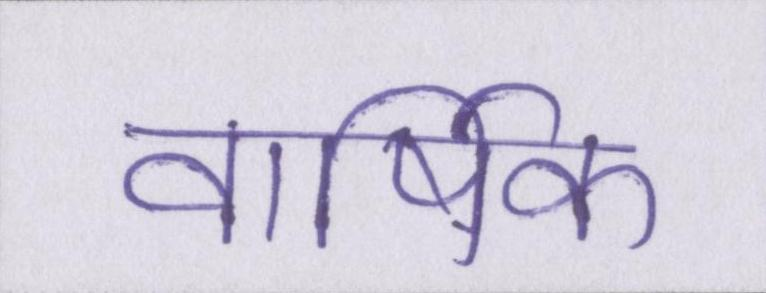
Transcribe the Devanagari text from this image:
वार्षिक